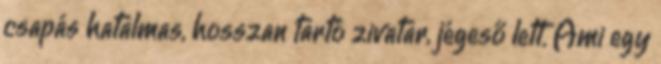
csapás hatalmas, hosszan tartó zivatar, jégeső lett. Ami egy